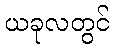
ယခုလတွင်